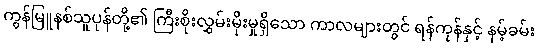
ကွန်မြူနစ်သူပုန်တို့၏ ကြီးစိုးလွှမ်းမိုးမှုရှိသော ကာလများတွင် ရန်ကုန်နှင့် နမ့်ခမ်း